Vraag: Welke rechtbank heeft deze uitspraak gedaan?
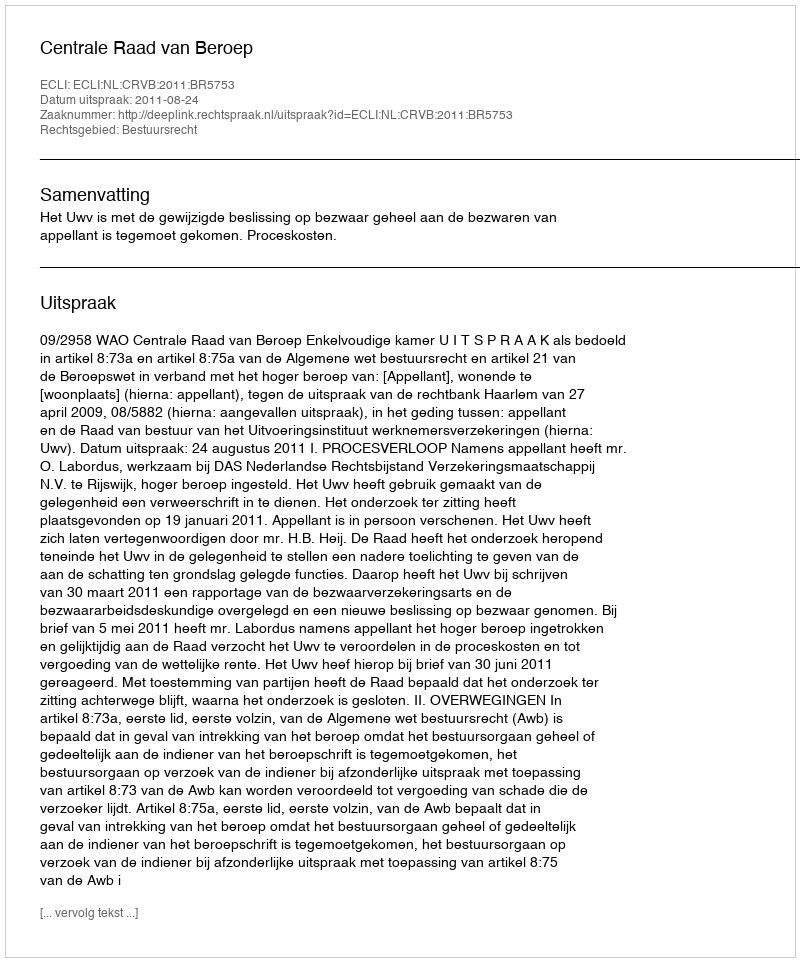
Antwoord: Centrale Raad van Beroep